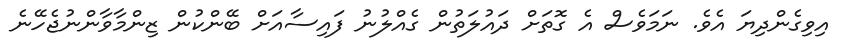
އިވިގެންދިޔަ އެވެ. ނަމަވެސް އެ ގޮތަށް ދައުލަތުން ގެއްލުނު ފައިސާއަށް ބޭންކުން ޒިންމާވާންނުޖެހޭނެ